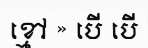
ខ្មៅ » បើ បើ